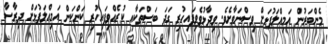
މެންބަރުން އަމިއްލަފުޅަށް ވިސްނަވާށެވެ. ވިދާޅުވެވިފައިހުރި ގަދަ ބަސްތަކާއި ކުރެއްވިފައިހުރި ކަންކަން އަމިއްލަފުޅަށް ދިރާސާ